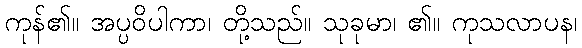
ကုန်၏။ အပ္ပဝိပါကာ၊ တို့သည်။ သုခုမာ၊ ၏။ ကုသလာပန၊